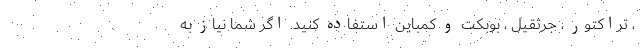
، تراکتور ، جرثقیل ، بوبکت و کمباین استفاده کنید. اگر شما نیاز به